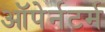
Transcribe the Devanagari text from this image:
ऑपेर्नटर्म